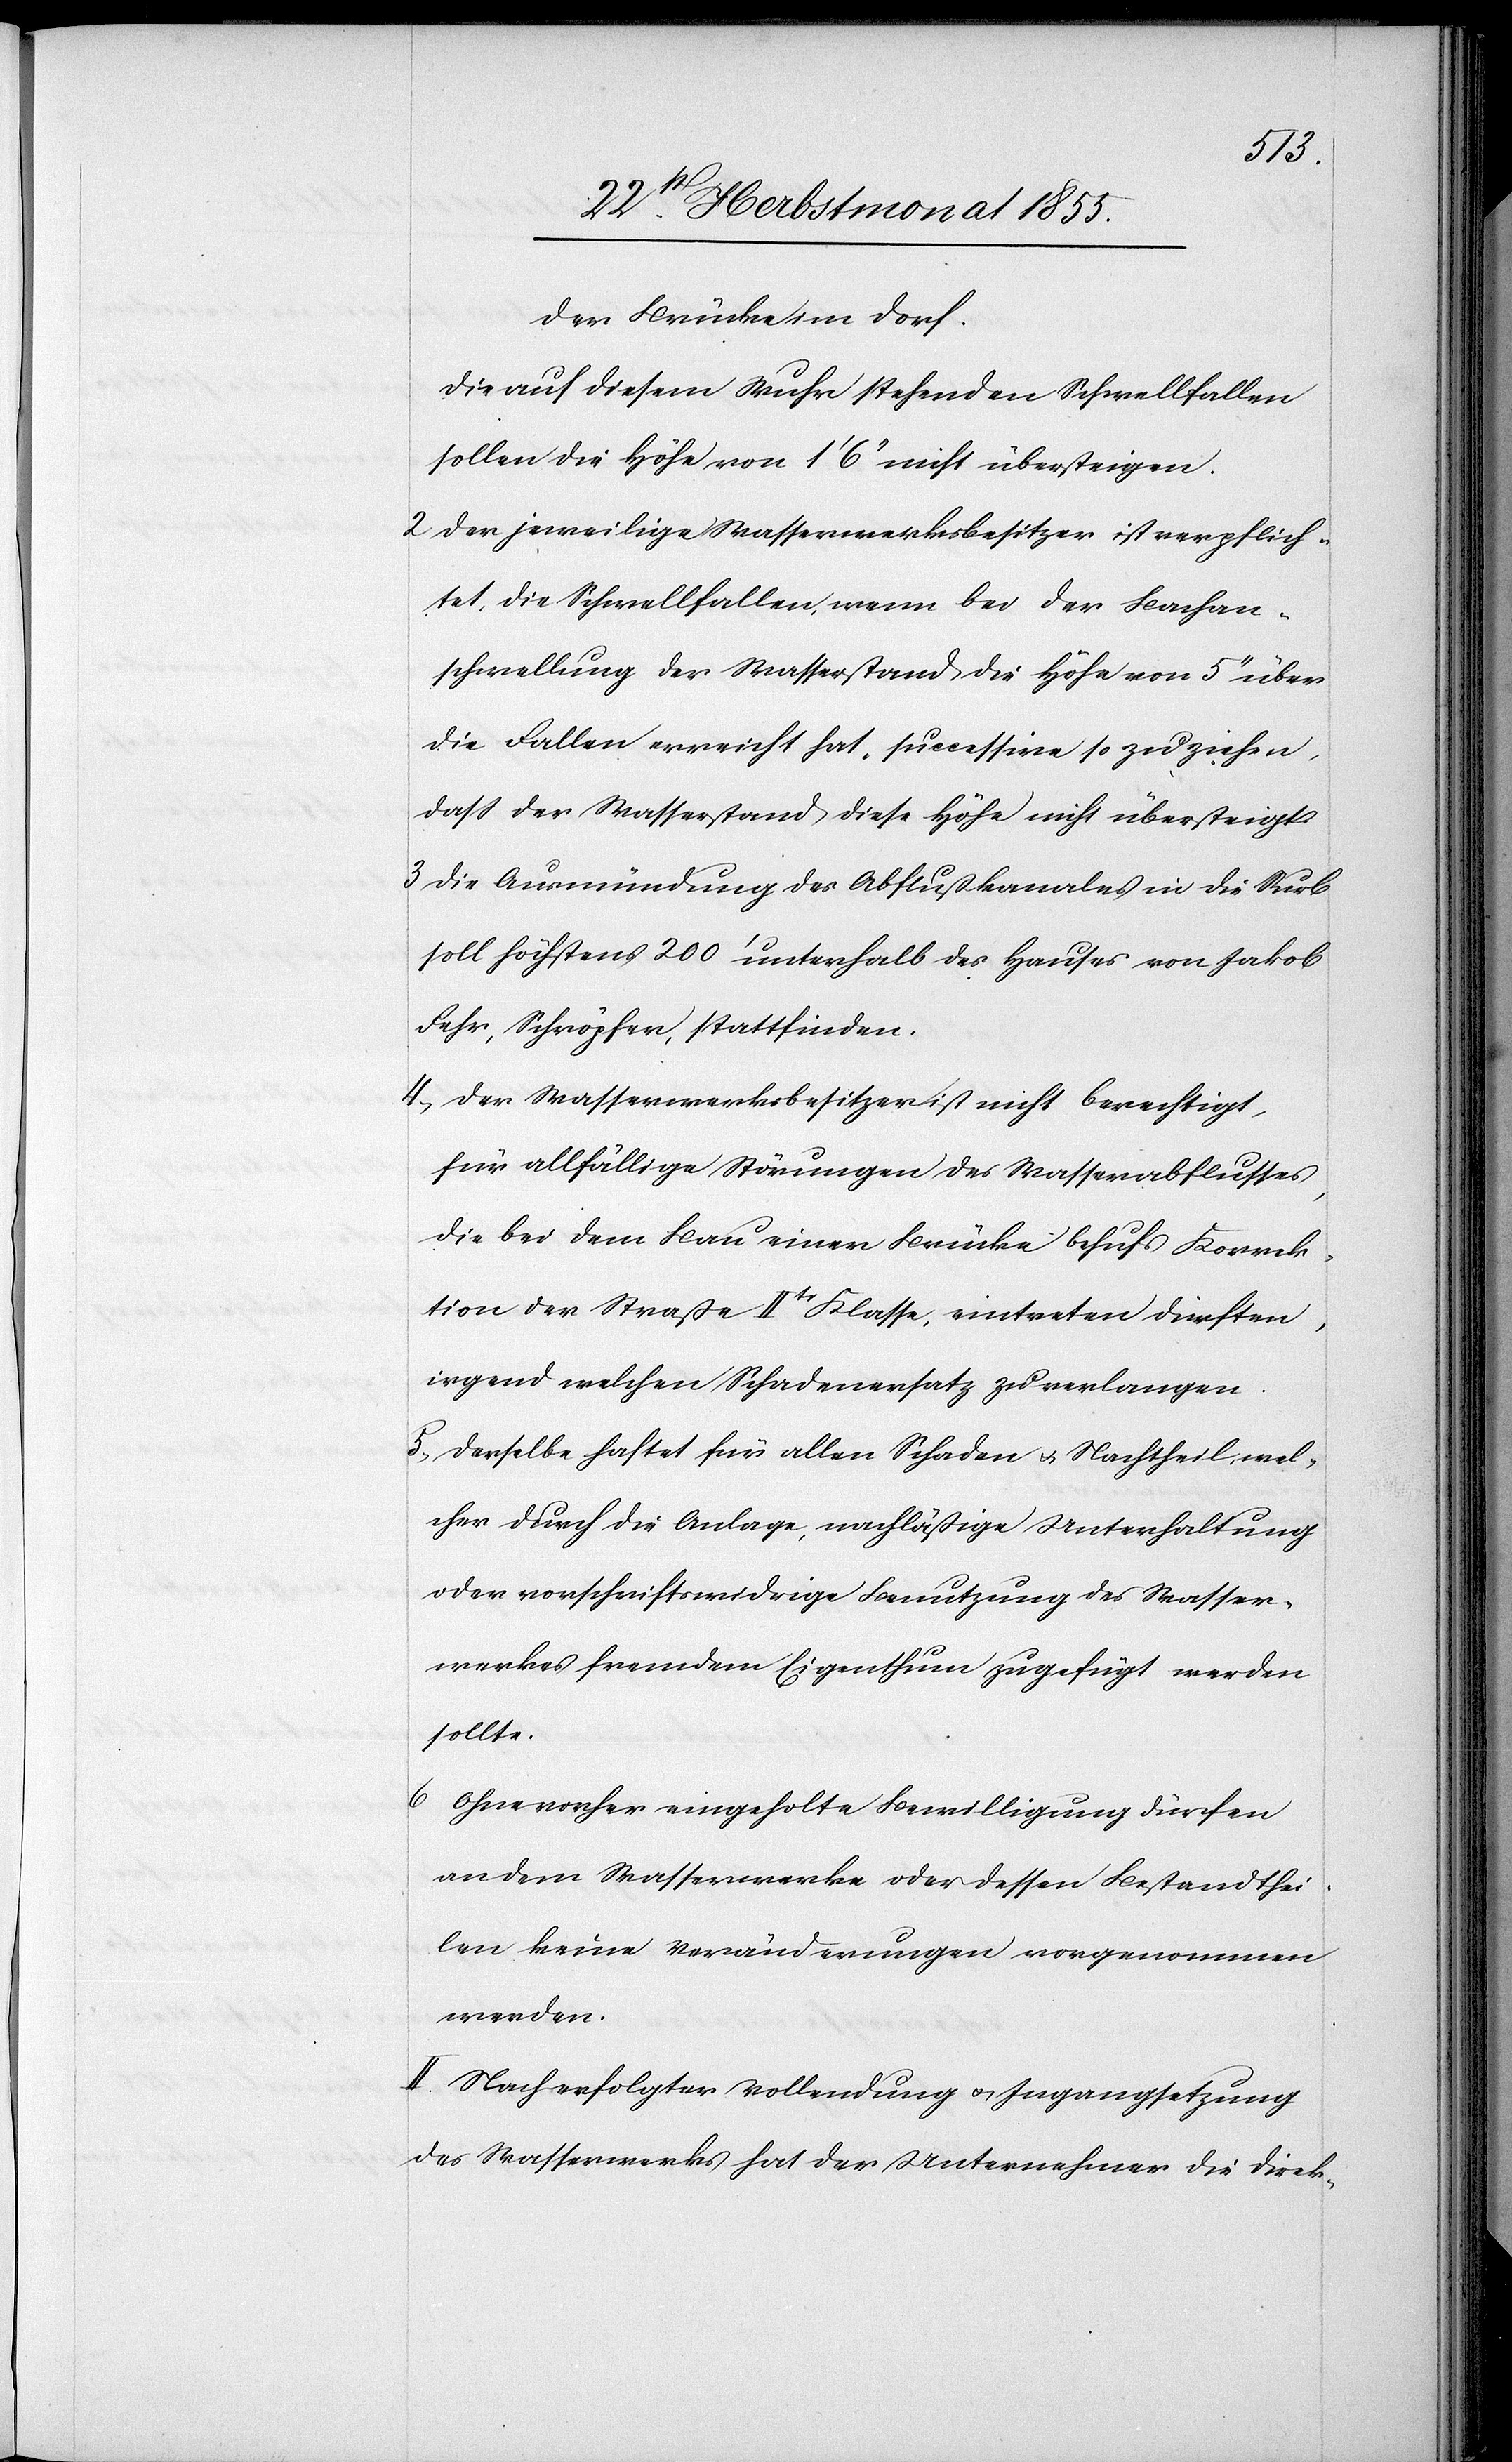
der Brücke im Dorf.
Die auf diesem Wuhr stehenden Schwellfallen
sollen die Höhe von 1‘ 6‘‘ nicht übersteigen.
Der jeweilige Wasserwerksbesitzer ist verpflich¬
tet, die Schwellfallen, wenn bei der Bachan¬
schwellung der Wasserstand die Höhe von 5‘‘ über
die Fallen erreicht hat, successive so zu ziehen,
dass der Wasserstand diese Höhe nicht übersteigt.
Die Ausmündung des Abflußkanales in die Surb
soll höchstens 200‘ unterhalb des Hauses von Jakob
Fehr, Schröpfer, stattfinden.
Der Wasserwerksbesitzer ist nicht berechtigt,
für allfällige Störungen des Wasserabflusses,
die bei dem Bau einer Brücke behufs Korrek¬
tion der Straße IItr Klasse, eintreten dürften,
irgend welchen Schadenersatz zu verlangen.
Derselbe haftet für allen Schaden & Nachtheil, wel¬
cher durch die Anlage, nachläßige Unterhaltung
oder vorschriftswidrige Benutzung des Wasser¬
werkes fremdem Eigenthum zugefügt werden
sollte.
Ohne vorher eingeholte Bewilligung dürfen
an dem Wasserwerke oder dessen Bestandthei¬
len keine Veränderungen vorgenommen
werden.
II. Nach erfolgter Vollendung & Ingangsetzung
des Wasserwerks hat der Unternehmer die Direk-